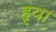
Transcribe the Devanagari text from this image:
हृया